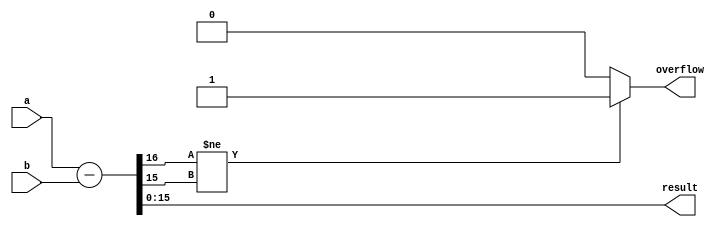
module fixed_point_subtractor(
    input signed [15:0] a,
    input signed [15:0] b,
    output reg signed [15:0] result,
    output reg overflow
);

reg signed [16:0] temp;

always @(*) begin
    temp = {1'b0, a} - {1'b0, b}; // perform subtraction with sign extension
    if(temp[16] != temp[15]) begin
        overflow = 1'b1; // set overflow flag if signs are different
    end else begin
        overflow = 1'b0;
    end
    result = temp[15:0]; // output result
end

endmodule